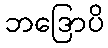
ဘဒြောပိ